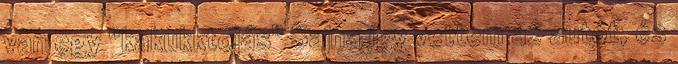
van egy "kakukktojás" Sajna így vettem az autót, és